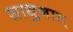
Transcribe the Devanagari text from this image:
साधुनाम्